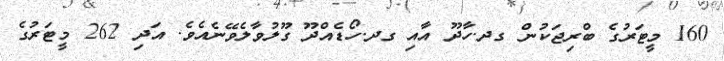
160 މީޓަރުގެ ބްރިޖަކުން ގދ.ހާދޫ އާއި ގދ.ހޯޑެއްދޫ ގޫލުވާލެވޭނެއެވެ. އަދި 262 މީޓަރުގެ